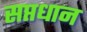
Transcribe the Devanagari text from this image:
सप्तधान